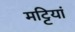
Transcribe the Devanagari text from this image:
मट्टियां